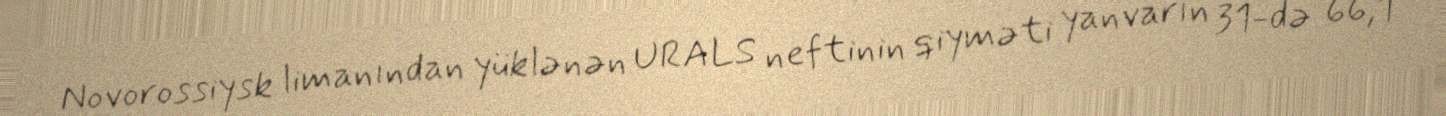
Novorossiysk limanından yüklənən URALS neftinin qiyməti yanvarın 31-də 66,1